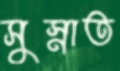
সুস্নাত